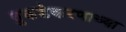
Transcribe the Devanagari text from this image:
तुकडेकरणाच्या